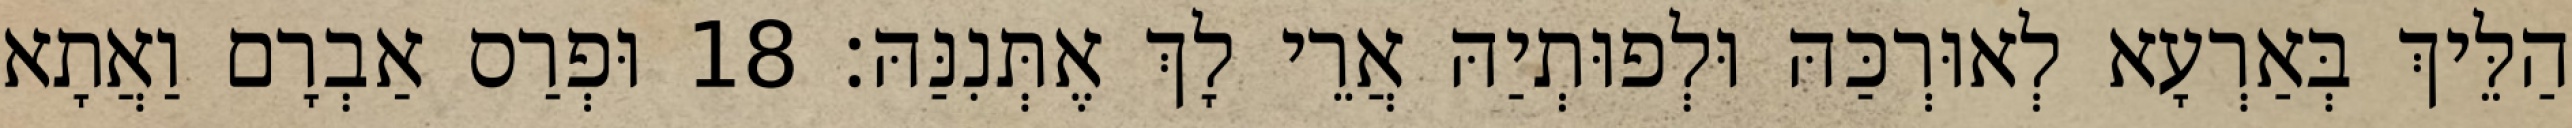
הַלֵּיךְ בְּאַרְעָא לְאוּרְכַּהּ וּלְפוּתְיַהּ אֲרֵי לָךְ אֶתְּנִנַּהּ׃ 18 וּפְרַס אַבְרָם וַאֲתָא